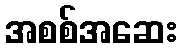
အစစ်အဆေး